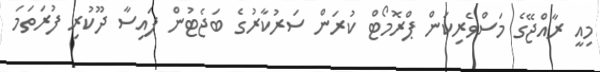
މިއީ ރާއްޖޭގެ މަސްވެރިކަން ޕްރޮމޯޓް ކުރަން ސަރުކާރުގެ ބަޖެޓުން ފައިސާ ދޫކުރި ފުރަތަމަ